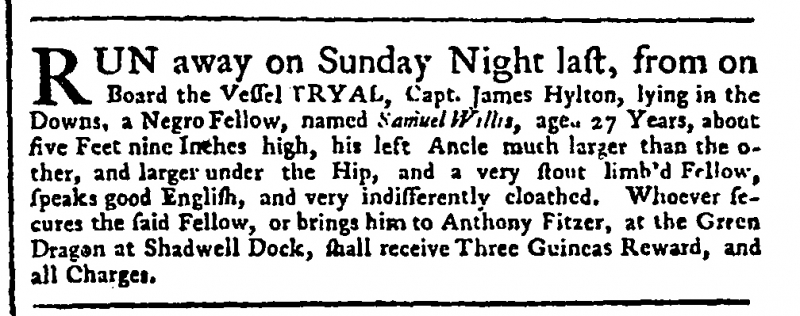
Public Advertiser, 31 August 1753 (England)
RUN away on Sunday Night last, from on Board the Vessel TRYAL, Capt. James Hylton, lying in the Downs, a Negro Fellow, named Samuel Willis, aged 27 Years, about five Feet nine Inches high, his left Ancle much larger than the other, and larger under the Hip, and a very stout limb’d Fellow, speaks good English, and very indifferently cloathed. Whoever secures the said Fellow, or brings him to Anthony Fitzer, at the Green Dragon at Shadwell Dock, shall receive Three Guineas Reward, and all Charges.